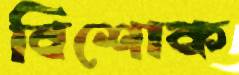
বিশোক